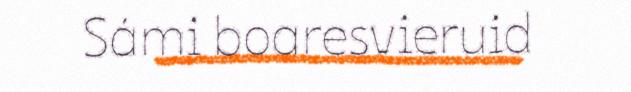
Sámi boaresvieruid